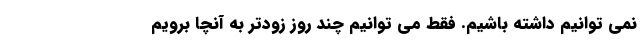
نمی توانیم داشته باشیم. فقط می توانیم چند روز زودتر به آنچا برویم